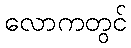
လောကတွင်